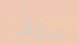
سوف